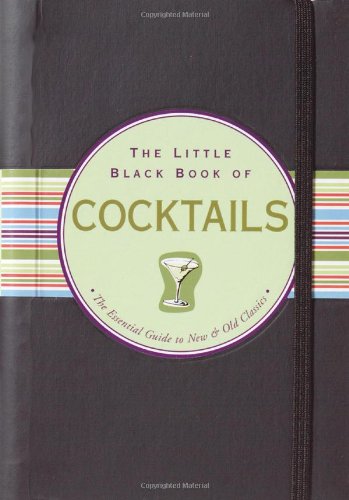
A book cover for The Little Black Book of Cocktails: The Essential Guide to New & Old Classics (Little Black Books (Peter Pauper Hardcover)); Virginia Reynolds; Cookbooks, Food & Wine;